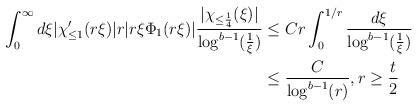
LaTeX: \begin{align*} \int_{0}^{\infty} d \xi |\chi_{\leq 1}'(r \xi)| r |r \xi \Phi_{1}(r \xi)| \frac{|\chi_{\leq \frac{1}{4}}(\xi)|}{\log^{b-1}(\frac{1}{\xi})}&\leq C r \int_{0}^{1/r}\frac{d\xi}{\log^{b-1}(\frac{1}{\xi})}\\&\leq \frac{C}{\log^{b-1}(r)}, r\geq\frac{t}{2}\end{align*}